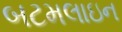
બટમલાઇન